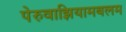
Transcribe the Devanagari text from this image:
पेरुवाझियामबलम